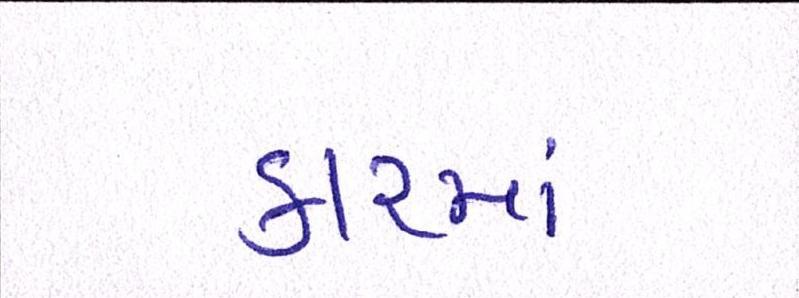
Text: કારમાં